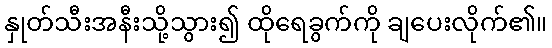
နှုတ်သီးအနီးသို့သွား၍ ထိုရေခွက်ကို ချပေးလိုက်၏။